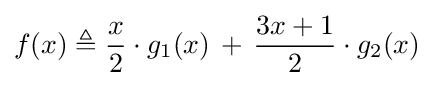
f(x)\triangleq {\frac {x}{2}}\cdot g_{1}(x)\,+\,{\frac {3x+1}{2}}\cdot g_{2}(x)